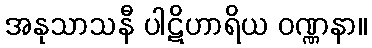
အနုသာသနီ ပါဋိဟာရိယ ဝဏ္ဏနာ။